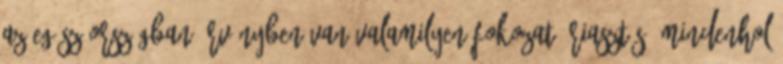
az egész országban érvényben van valamilyen fokozatú riasztás. Mindenhol